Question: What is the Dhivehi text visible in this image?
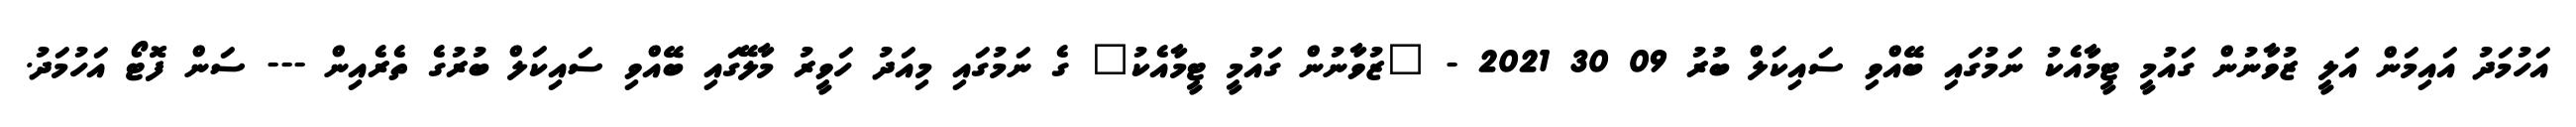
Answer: އަހުމަދު އައިމަން އަލީ ޒުވާނުން ގައުމީ ޓީމާއެކު ނަމުގައި ބޭއްވި ސައިކަލް ބުރު 09 30 2021 - "ޒުވާނުން ގައުމީ ޓީމާއެކު" ގެ ނަމުގައި މިއަދު ހަވީރު މާލޭގައި ބޭއްވި ސައިކަލް ބުރުގެ ތެރެއިން --- ސަން ފޮޓޯ އަހުމަދު.